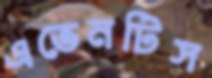
এভেনটিস